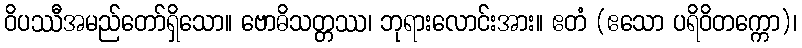
ဝိပဿီအမည်တော်ရှိသော။ ဗောဓိသတ္တဿ၊ ဘုရားလောင်းအား။ ဧတံ (ဧသော ပရိဝိတက္ကော)၊